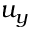
u _ { y }